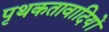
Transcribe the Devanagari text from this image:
पृथकतावादियों